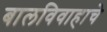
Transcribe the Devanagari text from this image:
बालविवाहाचे